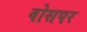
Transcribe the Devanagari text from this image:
वोसपर